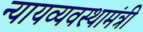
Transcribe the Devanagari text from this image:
न्यायव्यवस्थामंत्री